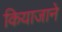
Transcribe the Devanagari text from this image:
कियाजाने